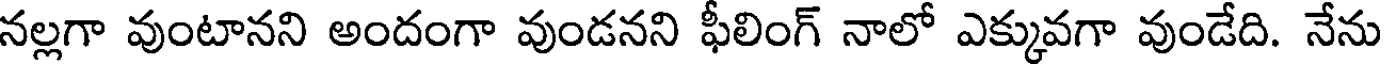
నల్లగా వుంటానని అందంగా వుండనని ఫీలింగ్ నాలో ఎక్కువగా వుండేది. నేను